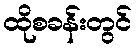
ထိုစခန်းတွင်